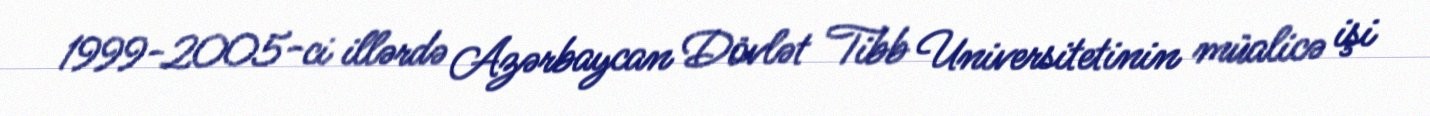
1999-2005-ci illərdə Azərbaycan Dövlət Tibb Universitetinin müalicə işi